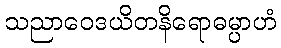
သညာဝေဒယိတနိရောဓမ္ပာဟံ